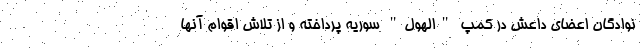
نوادگان اعضای داعش در کمپ "الهول" سوریه پرداخته و از تلاش اقوام آنها